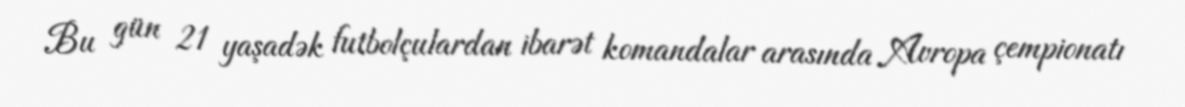
Bu gün 21 yaşadək futbolçulardan ibarət komandalar arasında Avropa çempionatı